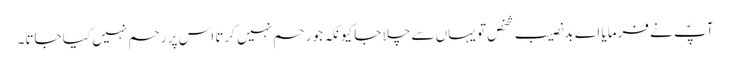
آپؐ نے فرمایا اے بدنصیب شخص تو یہاں سے چلا جا کیونکہ جو رحم نہیں کرتا اس پر رحم نہیں کیا جاتا۔